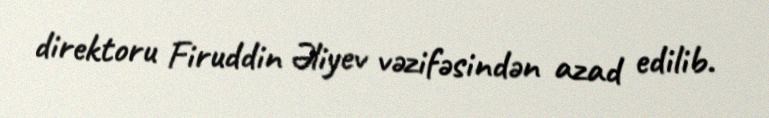
direktoru Firuddin Əliyev vəzifəsindən azad edilib.